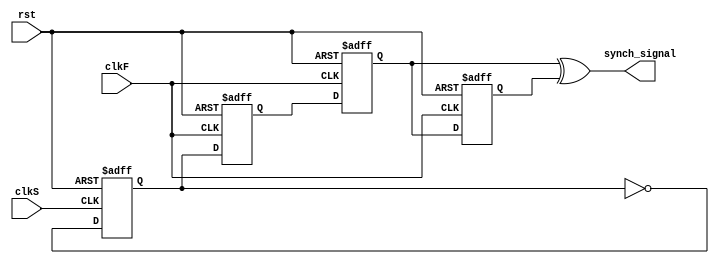
module synch(
	rst,clkF,clkS,synch_signal
);

input rst,clkF,clkS;
output synch_signal;

reg clk_inv,synch_signal1,synch_signal2,synch_signal3;

always @(posedge clkF or posedge rst) begin
	if(rst) begin 
		synch_signal1 <= 1'b0;
		synch_signal2 <= 1'b0;
		synch_signal3 <= 1'b0;
	end
	else begin 
		synch_signal1 <= clk_inv;
		synch_signal2 <= synch_signal1;
		synch_signal3 <= synch_signal2;
	end
end
always @(posedge clkS or posedge rst) begin 
	if(rst) clk_inv <= 1'b0;
	else clk_inv <= ~clk_inv;
end

assign synch_signal = (synch_signal2^synch_signal3);

endmodule